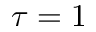
\tau = 1